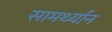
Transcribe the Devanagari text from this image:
सामर्थ्‍यान